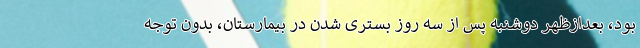
بود، بعدازظهر دوشنبه پس از سه روز بستری شدن در بیمارستان، بدون توجه